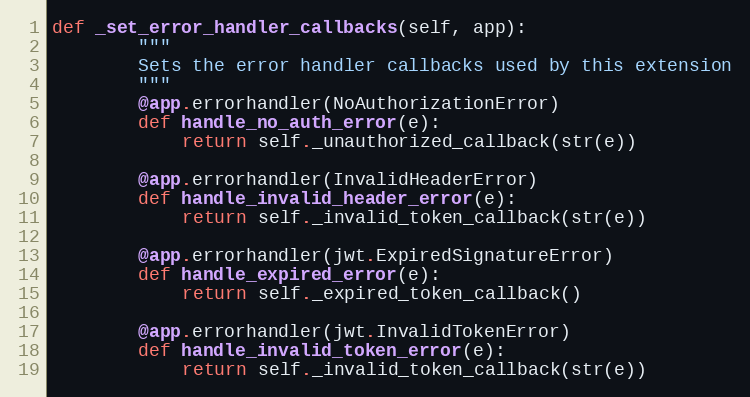
Language: Python
def _set_error_handler_callbacks(self, app):
        """
        Sets the error handler callbacks used by this extension
        """
        @app.errorhandler(NoAuthorizationError)
        def handle_no_auth_error(e):
            return self._unauthorized_callback(str(e))

        @app.errorhandler(InvalidHeaderError)
        def handle_invalid_header_error(e):
            return self._invalid_token_callback(str(e))

        @app.errorhandler(jwt.ExpiredSignatureError)
        def handle_expired_error(e):
            return self._expired_token_callback()

        @app.errorhandler(jwt.InvalidTokenError)
        def handle_invalid_token_error(e):
            return self._invalid_token_callback(str(e))